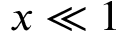
x \ll 1